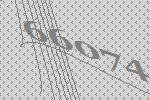
66074